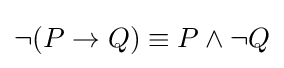
\neg (P\to Q)\equiv P\land \neg Q